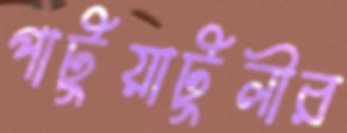
পাটুয়াটুলীর